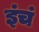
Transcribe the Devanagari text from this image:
इंचं